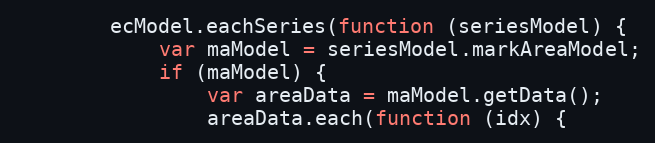
Language: JavaScript
        ecModel.eachSeries(function (seriesModel) {
            var maModel = seriesModel.markAreaModel;
            if (maModel) {
                var areaData = maModel.getData();
                areaData.each(function (idx) {